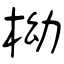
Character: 柪